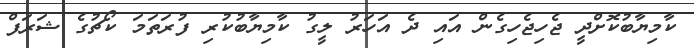
ކާމިޔާބުކޮށްދީ ޖެހިޖެހިގެން އައި ދެ އަހަރު ލީގު ކާމިޔާބުކުރި ފުރަތަމަ ކޯޗުގެ ޝަރަފް